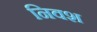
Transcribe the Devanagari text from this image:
निवश